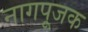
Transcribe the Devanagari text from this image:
नागपूजक